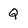
Character: Q